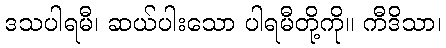
ဒသပါရမီ၊ ဆယ်ပါးသော ပါရမီတို့ကို။ ကီဒိသာ၊